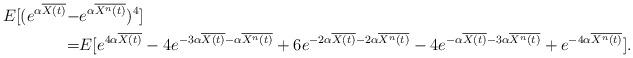
LaTeX: \begin{align*} E[(e^{\alpha \overline{X(t)}}-&e^{\alpha \overline{X^n(t)}})^4]\\=&E[e^{ 4 \alpha \overline{X(t)}} - 4 e^{ - 3 \alpha \overline{X(t)} - \alpha \overline{X^n(t)}} + 6 e^{- 2 \alpha \overline{X(t)} - 2 \alpha \overline{X^n(t)}} - 4 e^{- \alpha \overline{X(t)} - 3 \alpha \overline{X^n(t)}}+ e^{- 4 \alpha \overline{X^n(t)}}].\end{align*}